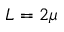
L = 2 \mu